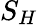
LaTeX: S_{H}